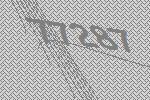
77287